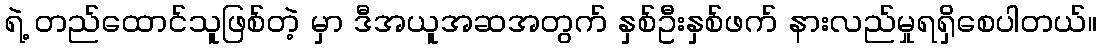
ရဲ့ တည်ထောင်သူဖြစ်တဲ့ မှာ ဒီအယူအဆအတွက် နှစ်ဦးနှစ်ဖက် နားလည်မှုရရှိစေပါတယ်။